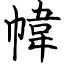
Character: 幃